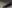
Text: -